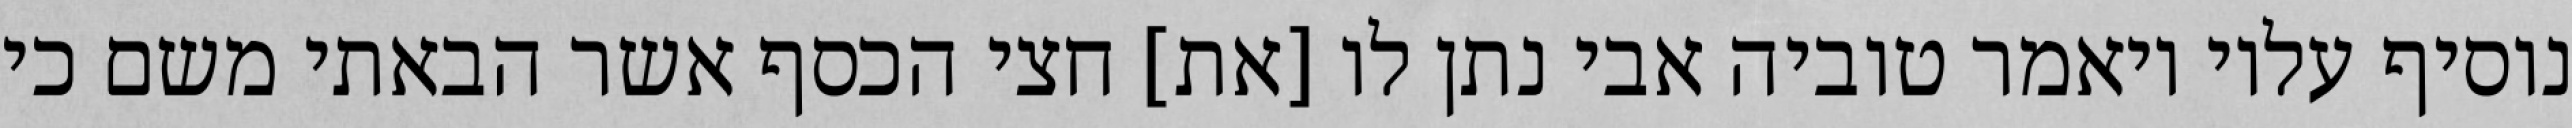
נוסיף עליו ויאמר טוביה אבי נתן לו [את] חצי הכסף אשר הבאתי משם כי